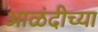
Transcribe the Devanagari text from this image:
आळंदीच्या